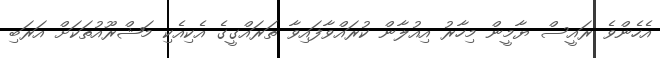
އެހެންވެ ރައީސް ޔާމީން މިހާރު އިއުލާން ކުރައްވާފައިވާ ތަރައްގީގެ އެކިއެކި މަޝްރޫއުތަކަށް އަރަބި